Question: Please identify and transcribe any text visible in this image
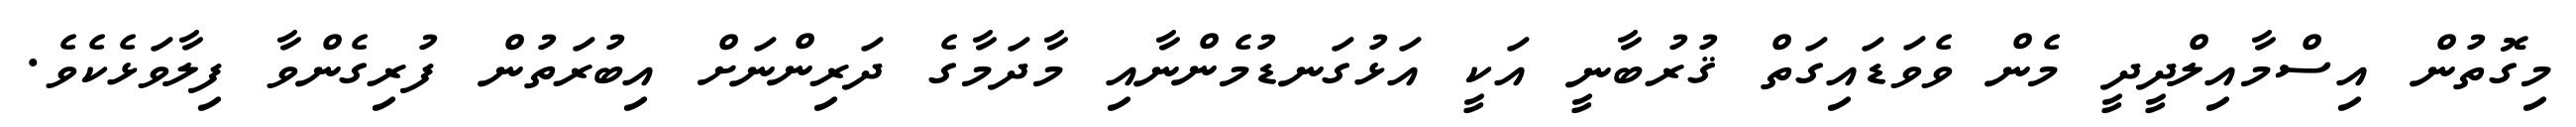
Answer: މިގޮތުން އިސްމާއިލްދީދީ މެން ވެވަޑައިގަތް ޤުރުބާނީ އަކީ އަޅުގަނޑުމެންނާއި މާދަމާގެ ދަރިންނަށް އިބުރަތުން ފުރިގެންވާ ފިލާވަޅެކެވެ.